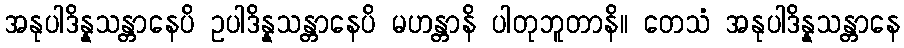
အနုပါဒိန္နသန္တာနေပိ ဥပါဒိန္နသန္တာနေပိ မဟန္တာနိ ပါတုဘူတာနိ။ တေသံ အနုပါဒိန္နသန္တာနေ